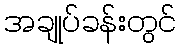
အချုပ်ခန်းတွင်